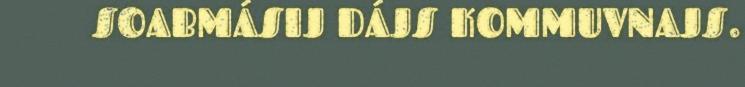
SOABMÁSIJ DÁJS KOMMUVNAJS.